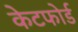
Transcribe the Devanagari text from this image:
केटफोर्ड